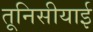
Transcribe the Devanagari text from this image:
तूनिसीयाई